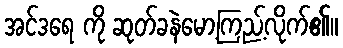
အင်ဒရေ ကို ဆုတ်ခနဲမော့ကြည့်လိုက်၏။